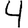
Digit: 4